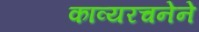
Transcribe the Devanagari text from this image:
काव्यरचनेने